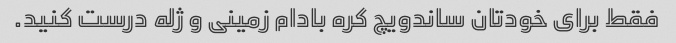
فقط برای خودتان ساندویچ کره بادام زمینی و ژله درست کنید.